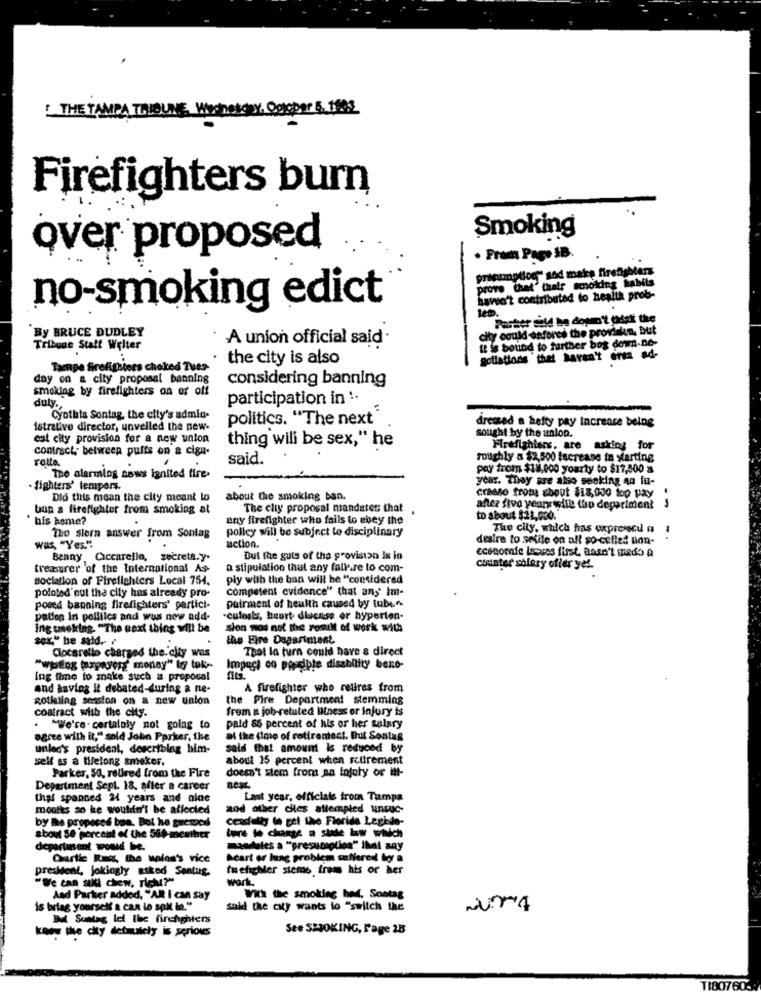
THE TAMPA THIOU
Firefighters burn
Smoking
over proposed
· From Page SB.
.
..
practmatlog" sod make firefighters
prove that" their smoking habits
no-smoking edict
nawo't contributed to health prob-
Parser mild he dopen't odst the
By BRUCE DUDLEY
city could enfores the proviale, But
A union official said.
" is bound to further bog down-ne-
Tribune Statt Welter
the city is also
Sollations thet haven't eren ad-
Tazape firefighters choked Tues-
day on a city proposal banning
considering banning
smoking by firefighters on or off
duly ...
participation in '.
Cynthia Sontag, the city's admin-
politics. "The next"
istrative director, unvelled the new-
dressed a hefty pay lacreare being
sought by the union.
est city provision for a new union
contract, between puffs on & cign-
thing will be sex," he
Firefighters, are asking for
rotta,
said.
roughly a $2,500 fscrease in starting
pay from $18,000 yourty to $17,500 a
The alarmlog news ignited fire.
year. They are also seeking an fu-
· fighters' tempers.
Did this mean the city meant to
about the smoking ban.
craeso trotu about $18,010 top pay
ban a firefighter from smoking at
The clay proposal mandates that ,
antez five year with the deperiment
bis home?
any firefighter who fails to ebey the
to about $21,020.
polley will be subject to disciplinary
The city, which has expressed a 1
Tho stern answer from Sontag
desire to sefile on aff so-celled uon-
was, "Yes."
action.
econocafe iscves first, ansn't medo a
Benny, Ciccarella, secreta.y.
But the guts of the provision is in
treasurer of the International As-
a stipulation that any fallere lo com-
cisister salary ofler yel.
sociation of Firefighters Local 754.
ply with the ban will be "considered
Competent evidence" that any' im-
poloted'eut the city has already pro-
posed banning firefighters' pertici-
pairment of health caused by tube
pation In politics and wus new add-
-culosls, heort diacase or hyperten-
Ing smoking. "The next thing will be
sion nos not the result of work with
the Fire Dagariment.
That la turn could have a direct
Clocarello charged the. city was
"wiping taxpayers money" lo tok-
Impact on podible disability beno-
Ing fine to make such a proposal
and having it debated-during a ne-
A firefighter who relires from
Rotkling session on a new union
the Fire Department stemming
from a job-retuted liness or injury is
contract with the city.
"We're. certainly not going to
pald 85 percent of his or her salary
agree with it," said John Parker, the
al the time of retirement. But Sontag
unlec's president, describing him-
said that amount is reduced by
self as a tifelong smoker.
about 15 percent when retirement
Parker, 50, retired from the Fire
doesn't stem from an injury or il-
Department Sept. 18. after a career
that spanned 24 years and alae
Last year, officials from Tampa
montes so he wouldn't be affected
zod other ciles attempted unGuc-
cendally le gel the Florida Legkde-
Dy me proposed ban. Bol ha guessed
about Se percent of the 360-member
ture to change a state law wich
department would be.
mandates a "presumption" ihal any
Garlic Reg, the wolon's vice
Acart or bung problem suffered boy a
president, jokingly asked Santug.
fuefighter stems from his or her
"We can sud chew, rich?"
wark.
Aad Parker added, "AR I can say
With the smoltlec bed, Sontag
is briag yourself a can lo spil in."
said the city wants lo "switch the
Bud Suatag let the firehghiers
know the city detmutely is serious
See SMOKING, Sage 2B
TI80760-